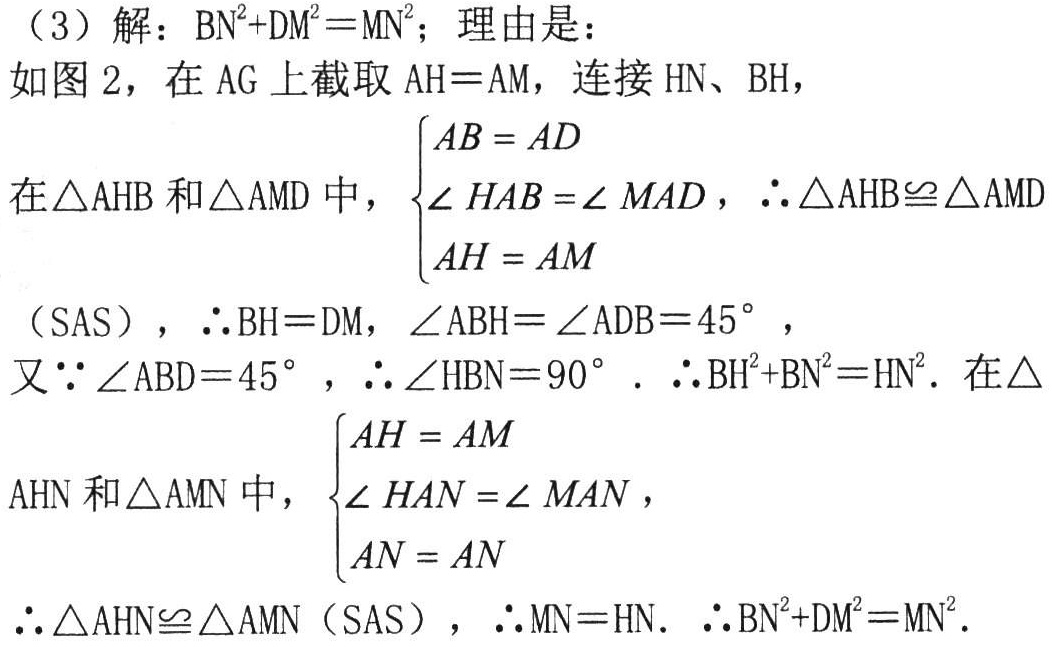
（3）解：\(BN^{2}+DM^{2}=MN^{2}\)；理由是：
如图 2，在 \(AG\) 上截取 \(AH = AM\)，连接 \(HN、BH\)，
在\(\triangle AHB\)和\(\triangle AMD\)中，\(\begin{cases}AB = AD\\\angle HAB=\angle MAD\\AH = AM\end{cases}\)，\(\therefore\triangle AHB\cong\triangle AMD\)
（SAS），\(\therefore BH = DM\)，\(\angle ABH=\angle ADB = 45^{\circ}\)，
又\(\because\angle ABD = 45^{\circ}\)，\(\therefore\angle HBN = 90^{\circ}\)．\(\therefore BH^{2}+BN^{2}=HN^{2}\)．在\(\triangle\)
\(AHN\)和\(\triangle AMN\)中，\(\begin{cases}AH = AM\\\angle HAN=\angle MAN\\AN = AN\end{cases}\)，
\(\therefore\triangle AHN\cong\triangle AMN\)（SAS），\(\therefore MN = HN\)．\(\therefore BN^{2}+DM^{2}=MN^{2}\)．